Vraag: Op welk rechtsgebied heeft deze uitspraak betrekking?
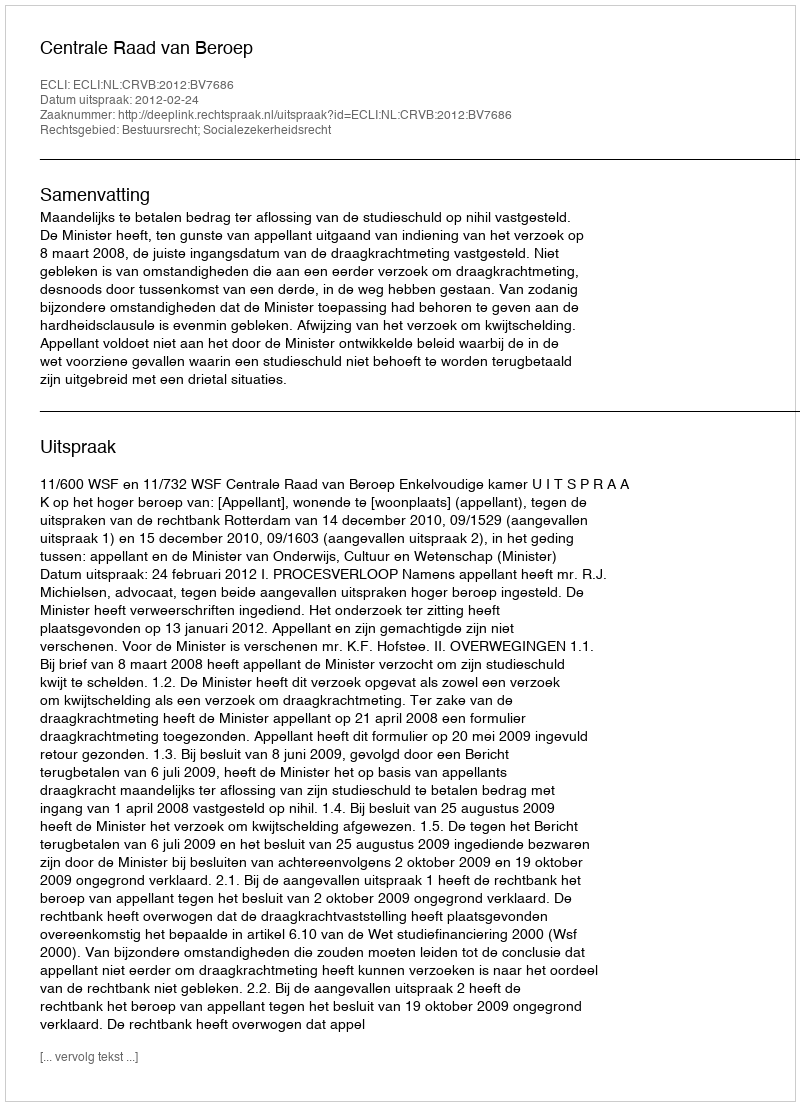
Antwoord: Bestuursrecht; Socialezekerheidsrecht